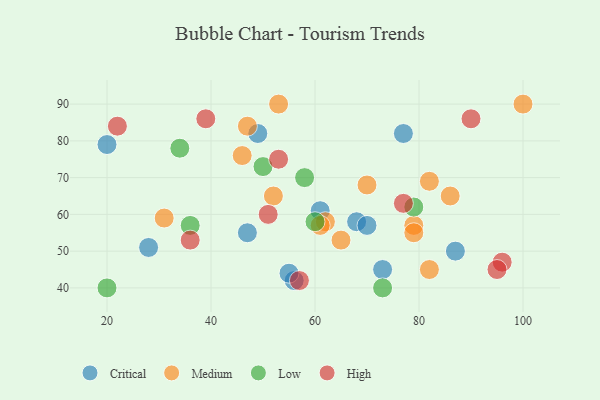
{"axis": {"x": "GDP", "y": "Life Expectancy"}, "legend": ["Critical", "High", "Low", "Medium"], "data": [{"x": "56", "y": 42, "type": "Critical"}, {"x": "87", "y": 50, "type": "Critical"}, {"x": "55", "y": 44, "type": "Critical"}, {"x": "68", "y": 58, "type": "Critical"}, {"x": "47", "y": 55, "type": "Critical"}, {"x": "73", "y": 45, "type": "Critical"}, {"x": "70", "y": 57, "type": "Critical"}, {"x": "20", "y": 79, "type": "Critical"}, {"x": "77", "y": 82, "type": "Critical"}, {"x": "28", "y": 51, "type": "Critical"}, {"x": "61", "y": 61, "type": "Critical"}, {"x": "49", "y": 82, "type": "Critical"}, {"x": "70", "y": 68, "type": "Medium"}, {"x": "31", "y": 59, "type": "Medium"}, {"x": "62", "y": 58, "type": "Medium"}, {"x": "53", "y": 90, "type": "Medium"}, {"x": "100", "y": 90, "type": "Medium"}, {"x": "61", "y": 57, "type": "Medium"}, {"x": "79", "y": 57, "type": "Medium"}, {"x": "82", "y": 69, "type": "Medium"}, {"x": "79", "y": 55, "type": "Medium"}, {"x": "46", "y": 76, "type": "Medium"}, {"x": "65", "y": 53, "type": "Medium"}, {"x": "82", "y": 45, "type": "Medium"}, {"x": "86", "y": 65, "type": "Medium"}, {"x": "52", "y": 65, "type": "Medium"}, {"x": "47", "y": 84, "type": "Medium"}, {"x": "58", "y": 70, "type": "Low"}, {"x": "73", "y": 40, "type": "Low"}, {"x": "79", "y": 62, "type": "Low"}, {"x": "34", "y": 78, "type": "Low"}, {"x": "50", "y": 73, "type": "Low"}, {"x": "60", "y": 58, "type": "Low"}, {"x": "36", "y": 57, "type": "Low"}, {"x": "20", "y": 40, "type": "Low"}, {"x": "96", "y": 47, "type": "High"}, {"x": "77", "y": 63, "type": "High"}, {"x": "57", "y": 42, "type": "High"}, {"x": "22", "y": 84, "type": "High"}, {"x": "95", "y": 45, "type": "High"}, {"x": "39", "y": 86, "type": "High"}, {"x": "53", "y": 75, "type": "High"}, {"x": "90", "y": 86, "type": "High"}, {"x": "51", "y": 60, "type": "High"}, {"x": "36", "y": 53, "type": "High"}]}